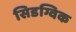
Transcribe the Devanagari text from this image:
सिडग्विक